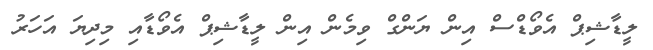
ލީޑާޝިޕް އެވޯޑްސް އިން ޔަންގް ވިމެން އިން ލީޑާޝިޕް އެވޯޑާއި މިދިޔަ އަހަރު